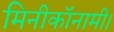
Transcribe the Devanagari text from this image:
मिनीकॉनामी।